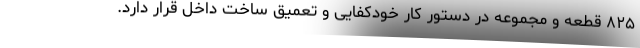
۸۲۵ قطعه و مجموعه در دستور کار خودکفایی و تعمیق ساخت داخل قرار دارد.